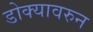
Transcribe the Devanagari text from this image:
डोक्यावरुन